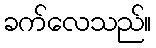
ခက်လေသည်။